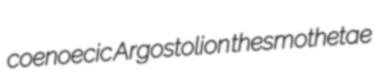
coenoecic Argostolion thesmothetae